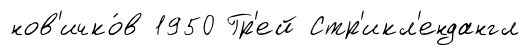
нов'ичко́в 1950 Гр'ей Стр'икл'ендангл